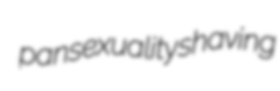
pansexuality shaving